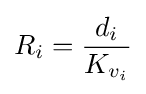
R_{i}={\frac {d_{i}}{K_{v_{i}}}}